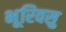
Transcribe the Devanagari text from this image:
भूरिवसु